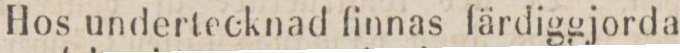
Hos undertecknad finnas färdiggjorda